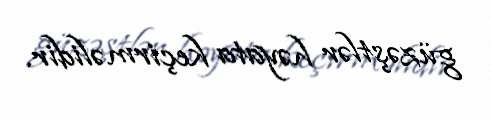
güzəştlər həyata keçirməlidir.